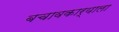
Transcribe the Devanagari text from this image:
बचावकार्याला